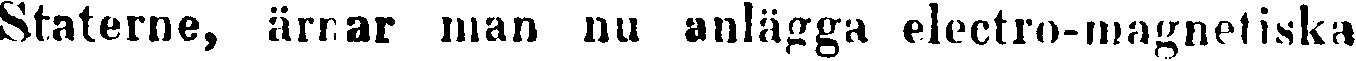
Staterne, ärrar man nu anlägga electro-magnetiska